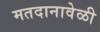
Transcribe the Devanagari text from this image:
मतदानावेळी